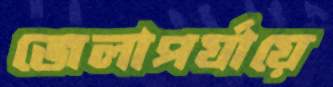
জেলাপর্যায়ে